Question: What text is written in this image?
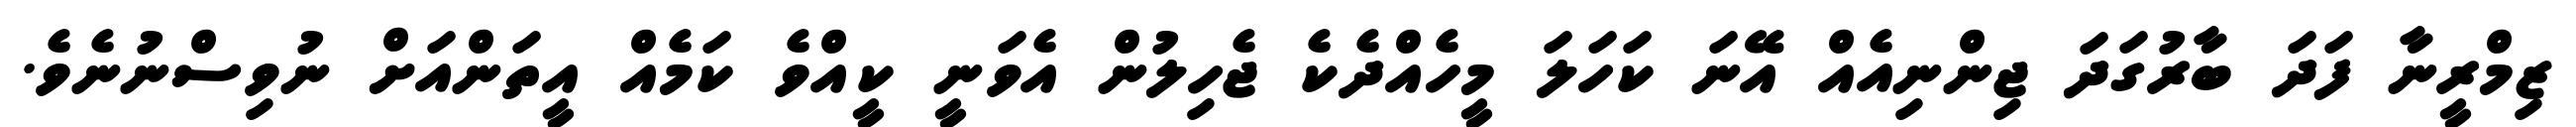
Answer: ޒިމްރީނާ ފަދަ ބާރުގަދަ ޖިންނިއެއް އޭނަ ކަހަލަ މީހެއްދެކެ ޖެހިލުން އެވަނީ ކީއްވެ ކަމެއް އީތަންއަށް ނުވިސްނުނެވެ.